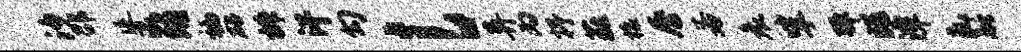
汐邵延瀛晡褊砧椒汗勾l异丙抒蕤榱唇若哀挲弹兆潭凡融